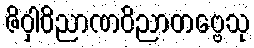
ဇိဝှါဝိညာဏဝိညာတဗ္ဗေသု